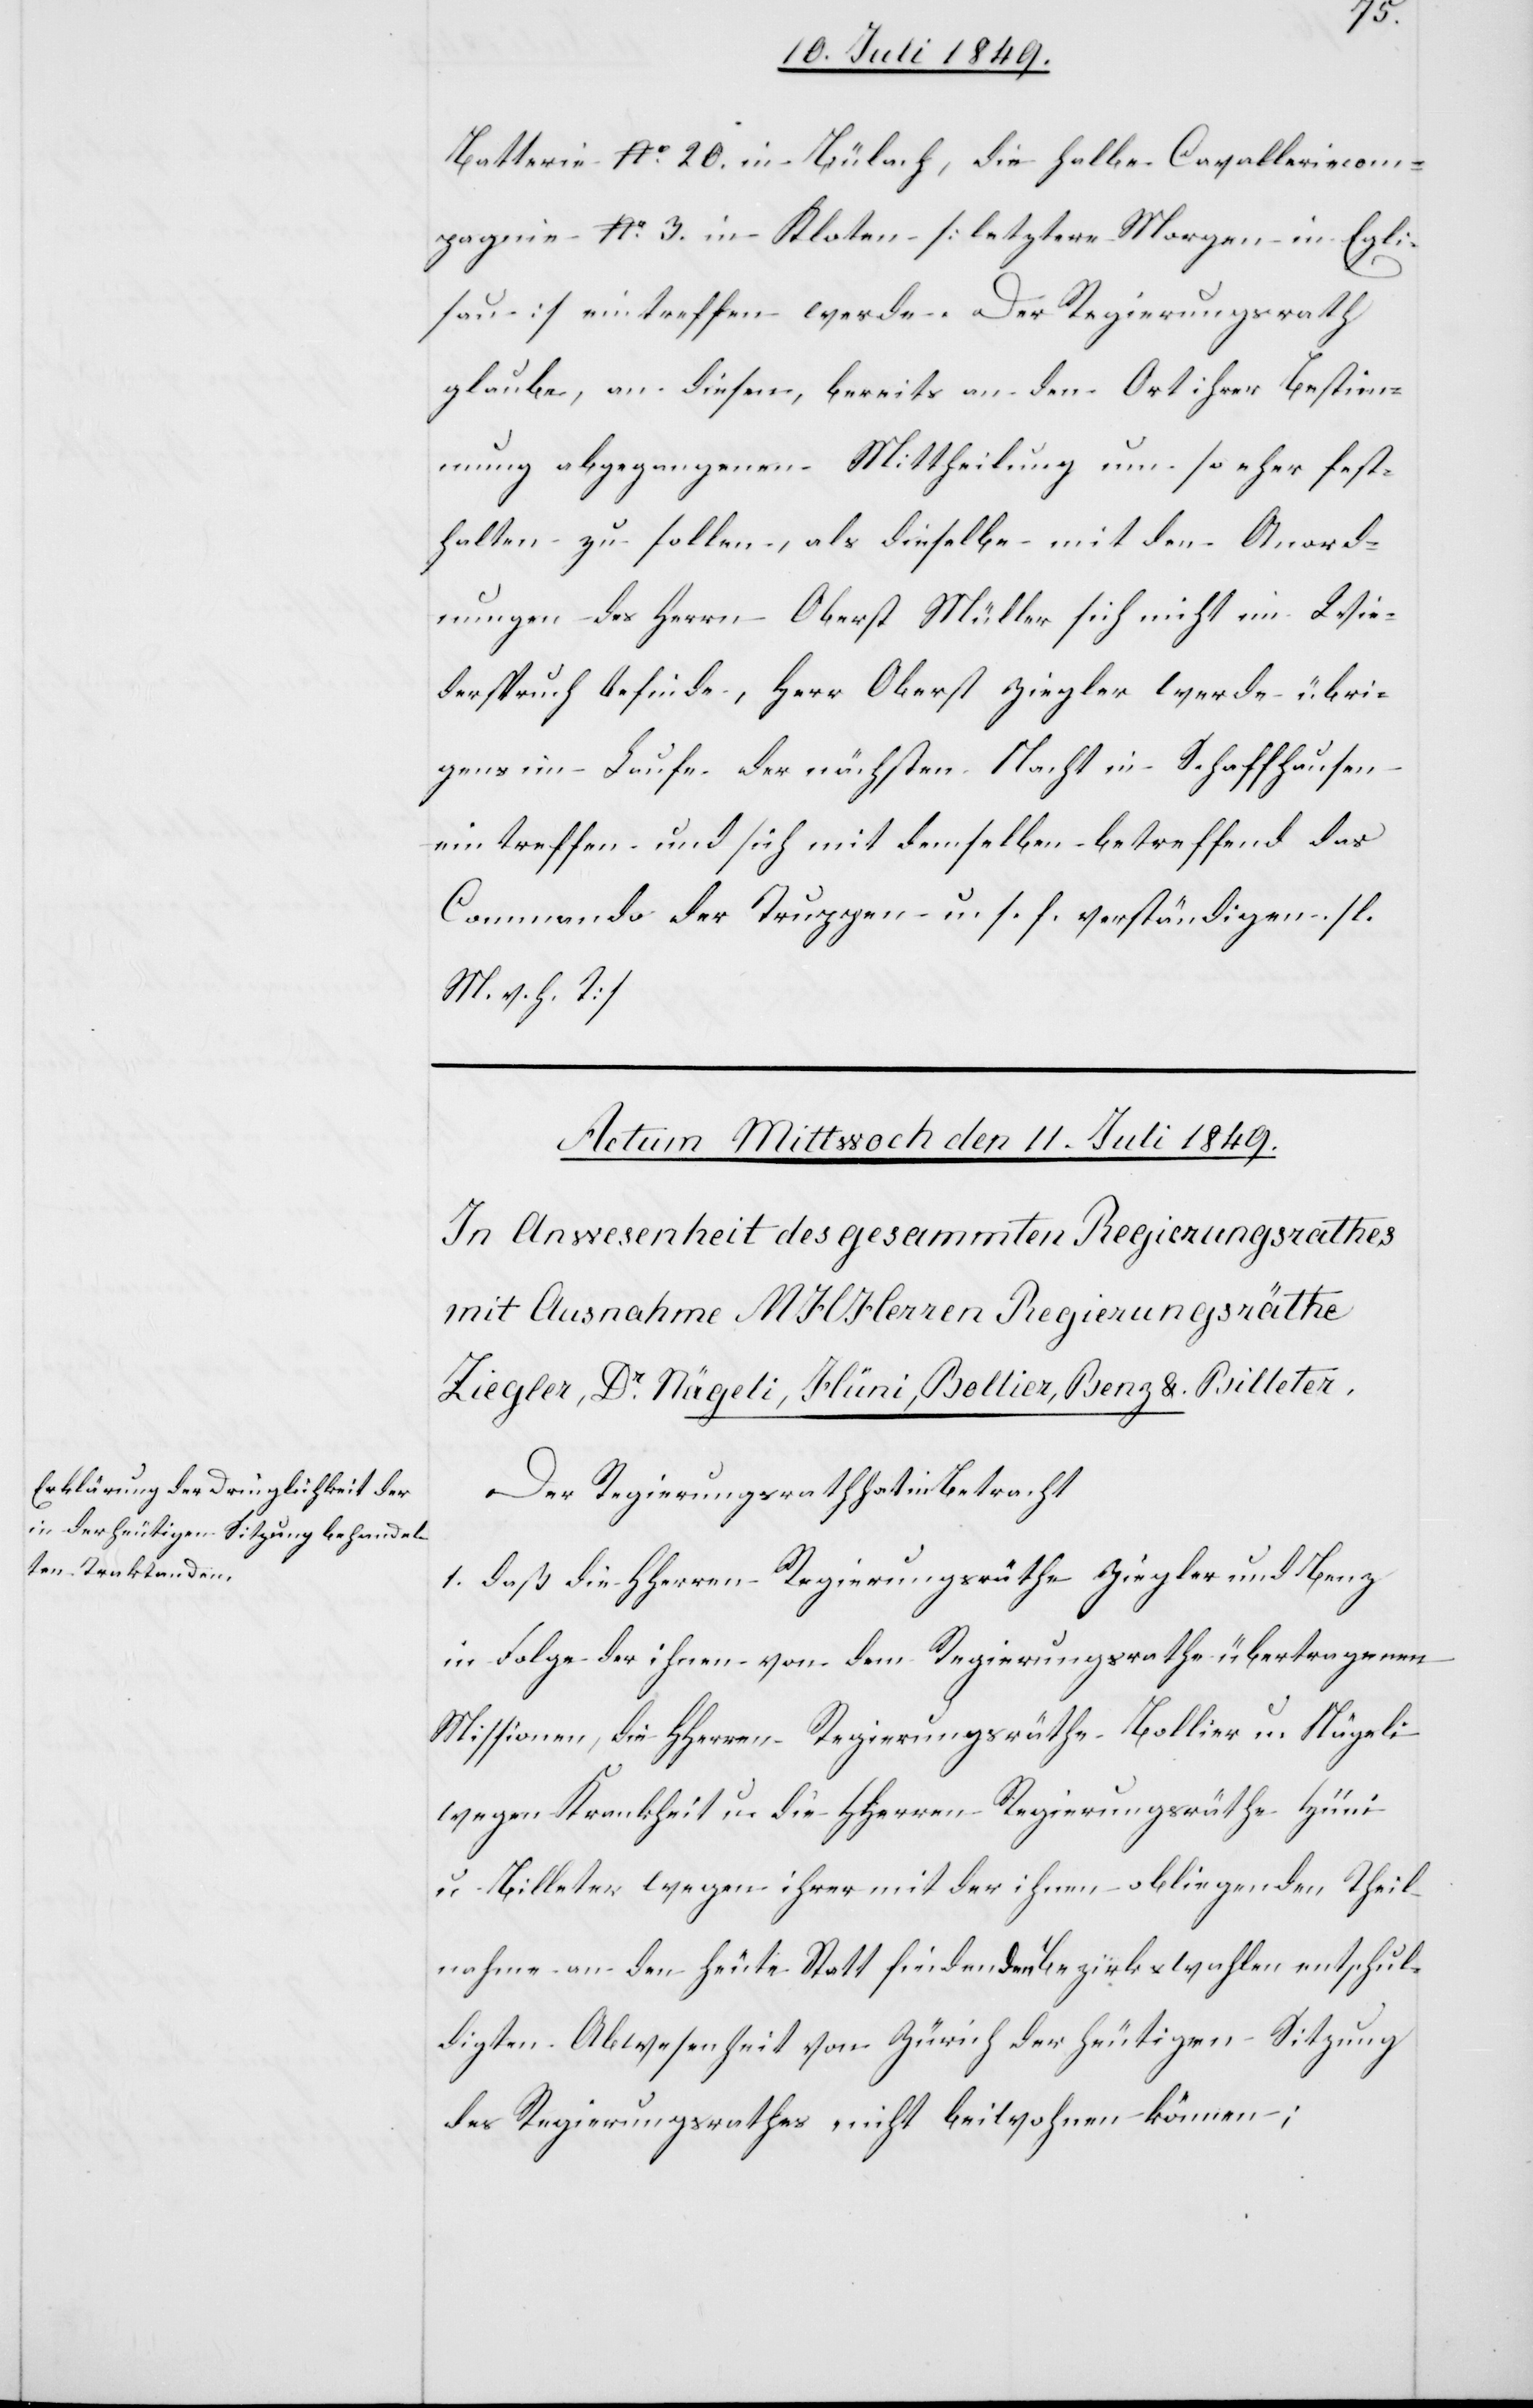
Batterie No. 20. in Bülach, die halbe Cavalleriecom¬
pagnie No. 3. in Kloten [letztere Morgen in Egli¬
sau] eintreffen werde. Der Regierungsrath
glaube, an diesen, bereits an den Art ihrer Bestimm¬
ung abgegangenen Mittheilung um so eher fest¬
halten zu sollen, als dieselbe mit den Anord¬
nungen des Herrn Oberst Müller sich nicht im Wie¬
derspruch befinde, Herr Oberst Ziegler werde übri¬
gens im Laufe der nächsten Nacht in Schaffhausen
eintreffen und sich mit demselben betreffend das
Commando der Truppen u. s. f. verständigen. [l.
M. h. T]
Der Regierungsrath hat in Betracht
1. daß die HHerrn Regierungsräthe Ziegler und Benz
in Folge der ihnen von dem Regierungsrathe übertragenen
Missionen, die HHerren Regierungsräthe Bollier u. Nägeli
wegen Krankheit u. die HHerren Regierungsräthe Hüni
u. Billeter wegen ihrer mit der ihnen obliegenden Theil¬
nahme an den heute Statt findenden Bezirkswahlen entschul¬
digten Abwesenheit von Zürich der heutigen Sitzung
des Regierungsrathes nicht beiwohnen können;